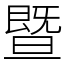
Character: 暨